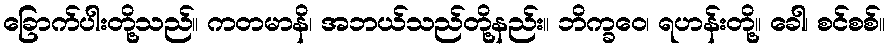
ခြောက်ပါးတို့သည်။ ကတမာနိ၊ အဘယ်သည်တို့နည်း။ ဘိက္ခဝေ၊ ရဟန်းတို့။ ခေါ၊ စင်စစ်။